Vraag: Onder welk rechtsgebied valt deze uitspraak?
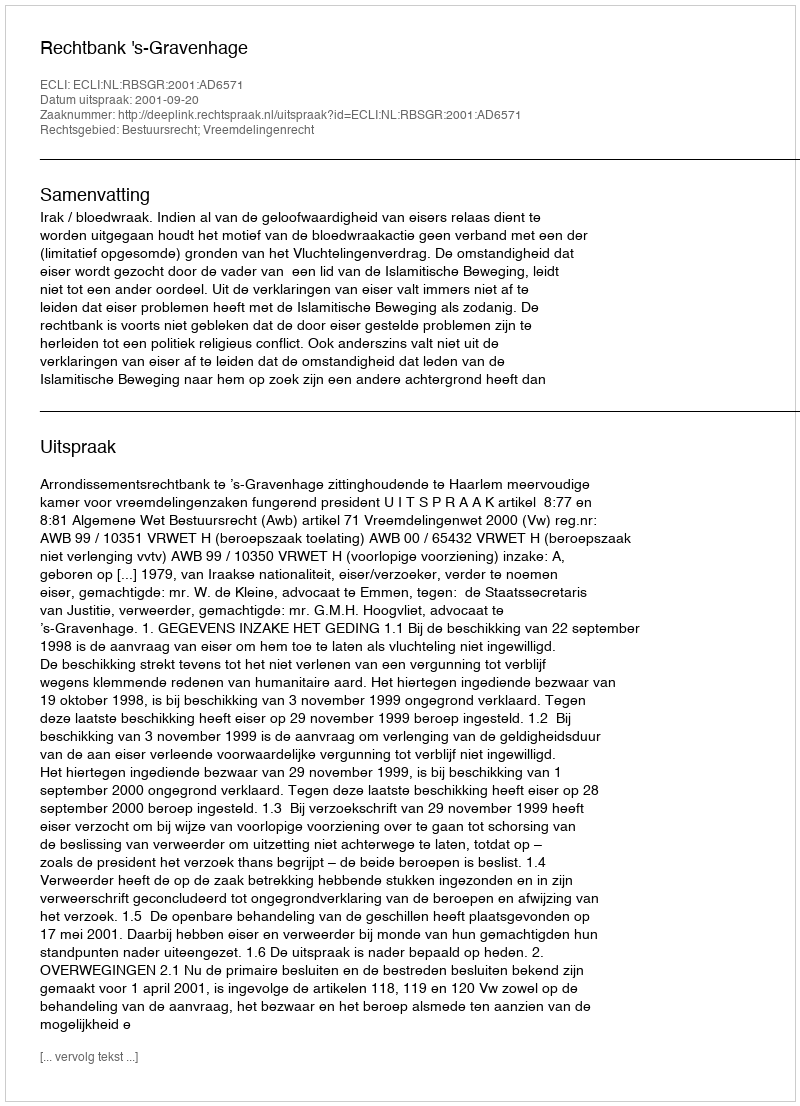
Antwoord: Bestuursrecht; Vreemdelingenrecht